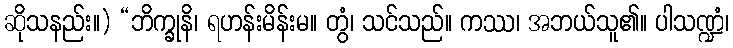
ဆိုသနည်း။) “ဘိက္ခုနိ၊ ရဟန်းမိန်းမ။ တွံ၊ သင်သည်။ ကဿ၊ အဘယ်သူ၏။ ပါသဏ္ဍံ၊